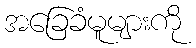
အခြေခံမူများကို